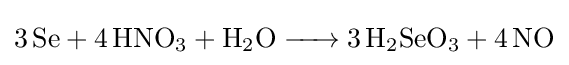
{\ce {3 Se + 4 HNO3 + H2O -> 3 H2SeO3 + 4 NO}}